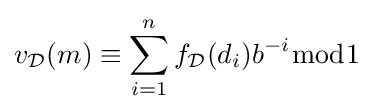
v_{\mathcal {D}}(m)\equiv \sum _{i=1}^{n}f_{\mathcal {D}}(d_{i})b^{-i}{\bmod {1}}